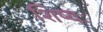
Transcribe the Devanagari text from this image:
शिष्यः